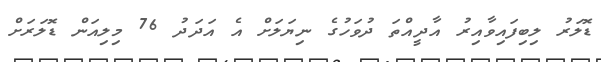
ޑޮލަރު ލިބިފައިވާއިރު އާދީއްތަ ދުވަހުގެ ނިޔަލަށް އެ އަދަދު 76 މިލިއަން ޑޮލަރަށް